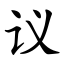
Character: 议